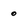
Character: o